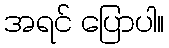
အရင် ပြောပါ။